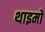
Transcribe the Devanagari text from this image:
थाइमो